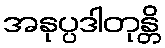
အနုပ္ပဒါတုန္တိ